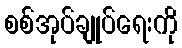
စစ်အုပ်ချုပ်ရေးကို